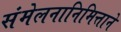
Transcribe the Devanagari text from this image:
संमेलनानिमित्ताने